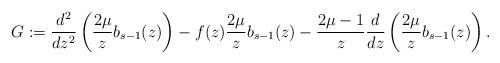
LaTeX: \begin{gather*} G:=\frac{d^2}{dz^2}\left(\frac{2\mu}{z} b_{s-1}(z)\right)-f(z)\frac{2\mu}{z}b_{s-1}(z)-\frac{2\mu-1}{z}\frac{d}{dz}\left(\frac{2\mu}{z} b_{s-1}(z)\right) .\end{gather*}